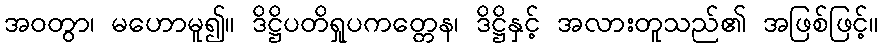
အဝတွာ၊ မဟောမူ၍။ ဒိဋ္ဌိပတိရှုပကတ္တေန၊ ဒိဋ္ဌိနှင့် အလားတူသည်၏ အဖြစ်ဖြင့်။